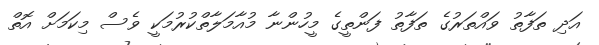
އަދި ތަފާތު ވައްތަރުގެ ތަފާތު ފަންތީގެ މީހުންނާ މުއާމަލާތްކުރުމަކީ ވެސް މިކަމަށް އޮތް